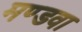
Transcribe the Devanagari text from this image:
मण्डवा